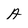
Character: A